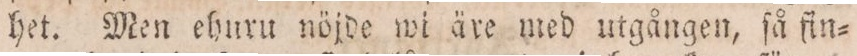
het. Men ehuru nöjde wi äre med utgången, ſå fin=